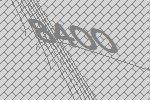
8400